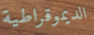
الديموقراطية